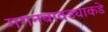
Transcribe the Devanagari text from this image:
गगनबावड्याकडे